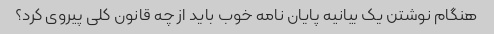
هنگام نوشتن یک بیانیه پایان نامه خوب باید از چه قانون کلی پیروی کرد؟